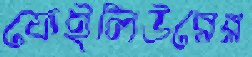
ফেইলিউরের